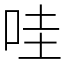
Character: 哇